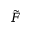
\tilde { F }